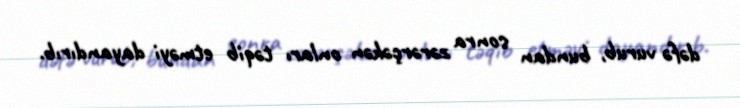
dəfə vurub, bundan sonra zərərçəkən onları təqib etməyi dayandırıb.